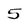
Character: 5